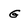
Character: G